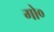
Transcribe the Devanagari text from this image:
गो०